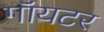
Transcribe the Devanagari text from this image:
गॉयटर